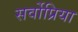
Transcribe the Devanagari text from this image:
सर्वोप्रिया